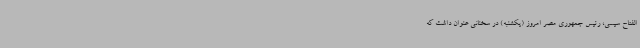
الفتاح سیسی، رئیس جمهوری مصر امروز (یکشنبه) در سخنانی عنوان داشت که